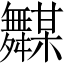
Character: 𱼵